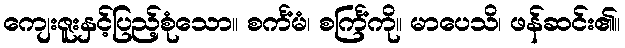
ကျေးဇူးနှင့်ပြည့်စုံသော။ စင်္ကံမံ၊ စင်္ကြံကို။ မာပေသိ၊ ဖန်ဆင်း၏။